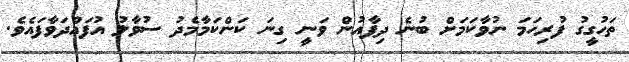
ތަހުގީގު ފުރިހަމަ ނުވާކަމަށް ބުނެ ދިފާއުން ވަނީ ގިނަ ކަންކަމާމެދު ސުވާލު އުފައްދަވާފައެވެ.